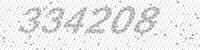
Solution: 334208